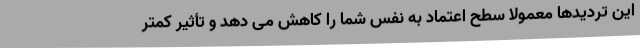
این تردیدها معمولاً سطح اعتماد به نفس شما را کاهش می دهد و تأثیر کمتر